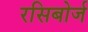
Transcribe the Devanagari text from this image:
रसिबोर्ज